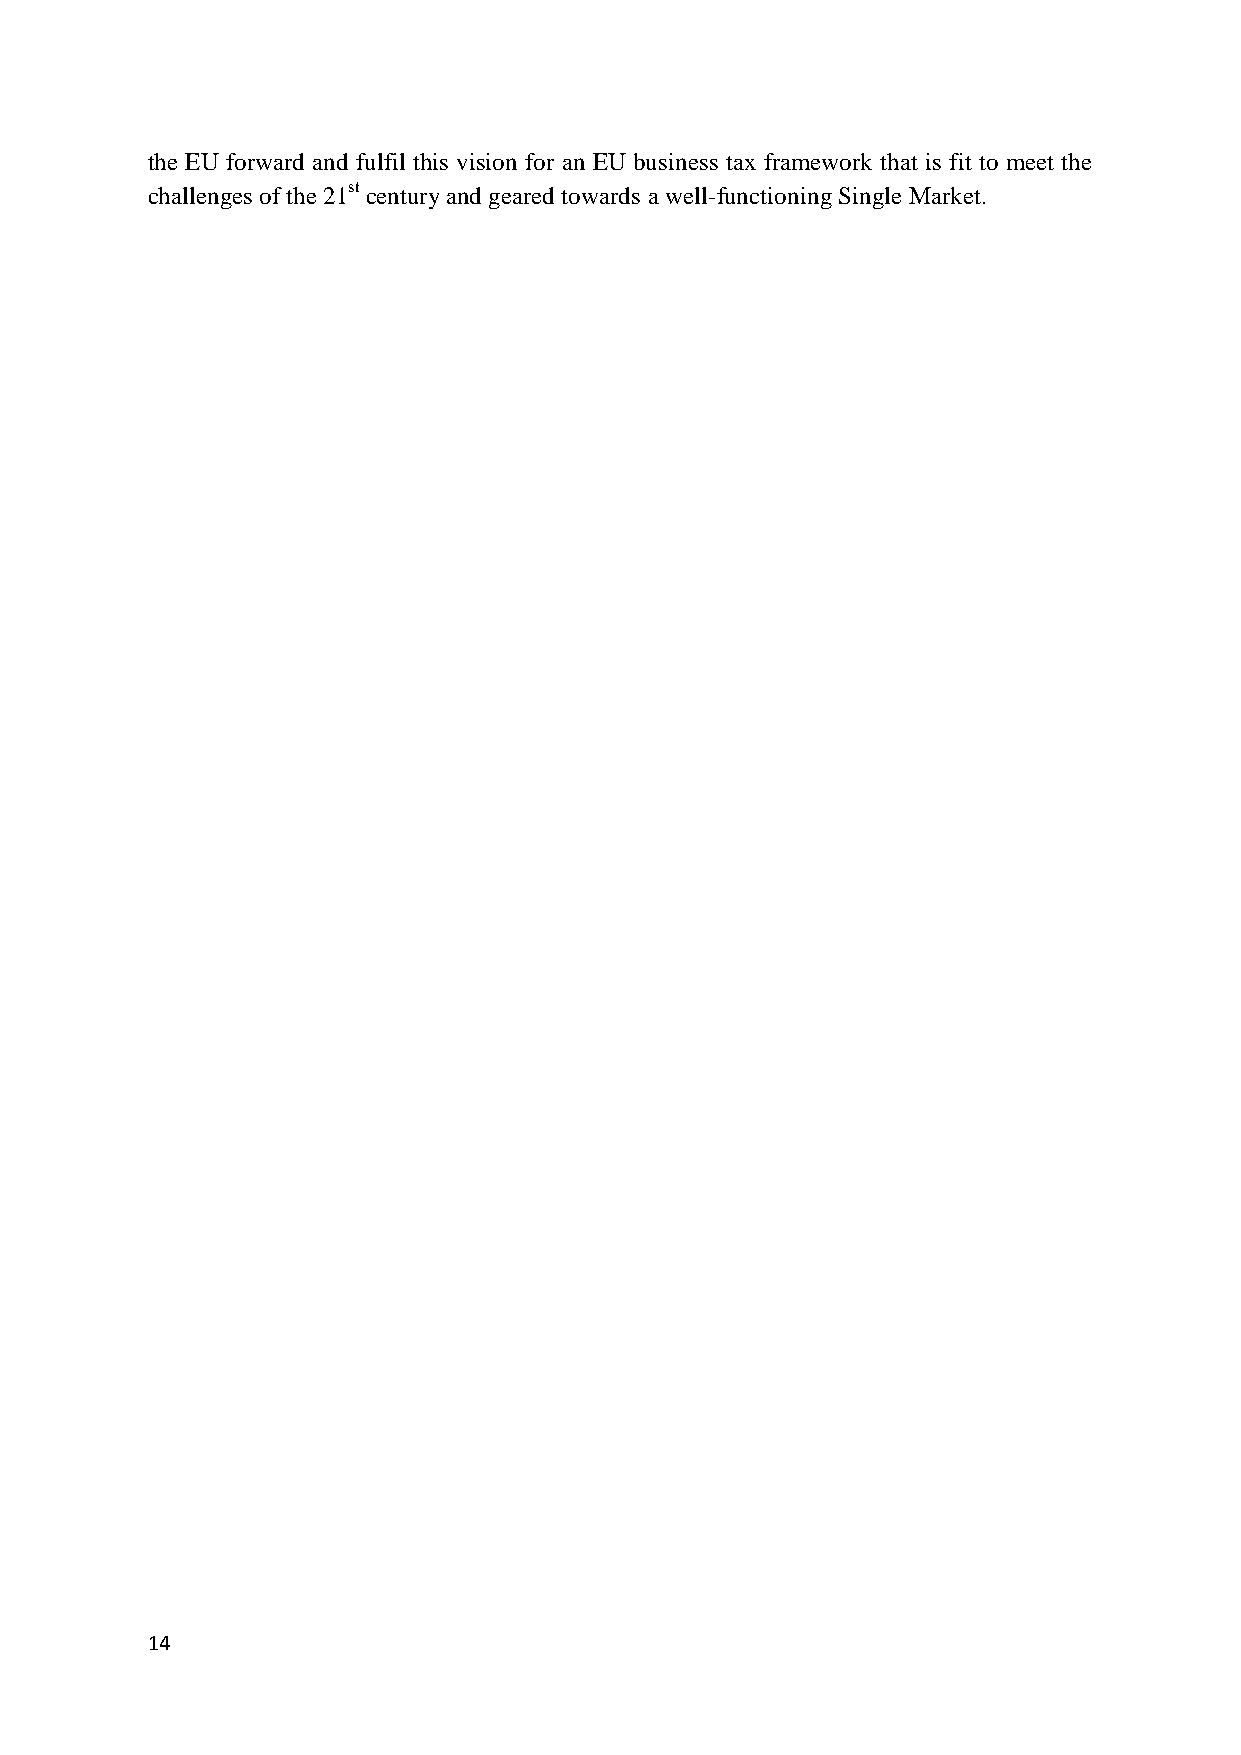
the EU forward and fulfil this vision for an EU business tax framework that is fit to meet the
 challenges of the 21st century and geared towards a well-functioning Single Market.
 14